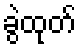
ခွဲထုတ်